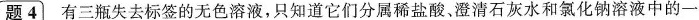
题4 有三瓶失去标签的无色溶液，只知道它们分属稀盐酸、澄清石灰水和氯化钠溶液中的一